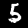
Label: 5